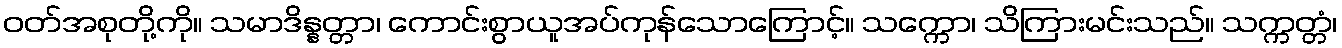
ဝတ်အစုတို့ကို။ သမာဒိန္နတ္တာ၊ ကောင်းစွာယူအပ်ကုန်သောကြောင့်။ သက္ကော၊ သိကြားမင်းသည်။ သက္ကတ္တံ၊